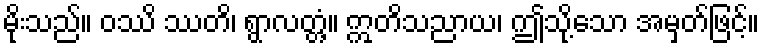
မိုးသည်။ ဝဿိ ဿတိ၊ ရွာလတ္တံ့။ ဣတိသညာယ၊ ဤသို့သော အမှတ်ဖြင့်။